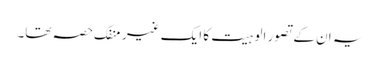
یہ ان کے تصور الوہیت کا ایک غیر منفک حصہ تھا۔